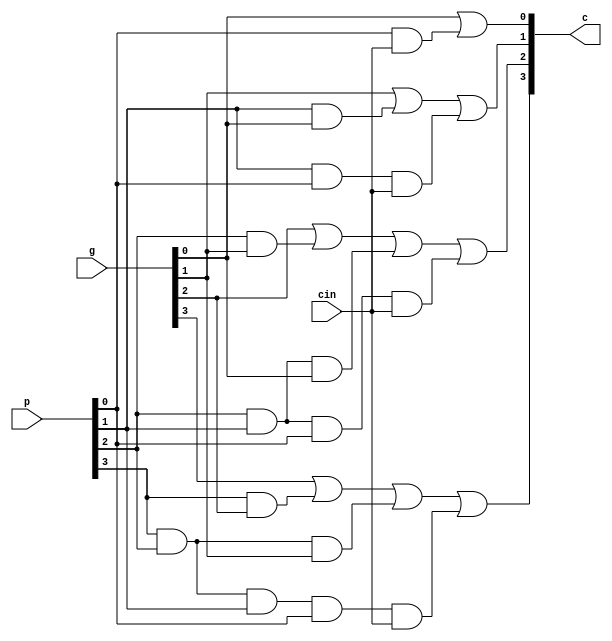
//Assignment 7
//Group 49
//Ravi Bansal 13CS30026
//Sayan Mukhopadhyay 13CS30028
`timescale 1ns / 1ps

////////////////////////////////////////////////////////////////////////////////
// Company: 
// Engineer:
//
// Design Name:   CLUunit
// Module Name:   E:/FPGA/ass_7_Group_49/CLUnit_testbench.v
// Project Name:  ass_7_Group_49
// Target Device:  
// Tool versions:  
// Description: 
//
// Verilog Test Fixture created by ISE for module: CLUunit
//
// Dependencies:
// 
// Revision:
// Revision 0.01 - File Created
// Additional Comments:
// 
////////////////////////////////////////////////////////////////////////////////
//Carry look ahead unit taking p,g and cin as input and calculating the four carry outputs
module CLUunit(p,g,cin,c);
input [3:0] p,g;
input cin;
output [3:0] c;
//assign the 4 carries to c0,c1,c2,c3
assign c[0]=(g[0]|(p[0]&cin));
assign c[1]=(g[1]|(p[1]&g[0])|(p[1]&p[0]&cin));
assign c[2]=(g[2]|(p[2]&g[1])|(p[2]&p[1]&g[0])|(p[2]&p[1]&p[0]&cin));
assign c[3] = (g[3]|(p[3]&g[2])|(p[3]&p[2]&g[1])|(p[3]&p[2]&p[1]&p[0]&cin));
endmodule
//testbench forCLU
module CLUunit_testbench;

	// Inputs
	reg [3:0] p;
	reg [3:0] g;
	reg cin;

	// Outputs
	wire [3:0] c;

	// Instantiate the Unit Under Test (UUT)
	CLUunit uut (
		.p(p), 
		.g(g), 
		.cin(cin), 
		.c(c)
	);

	initial begin
		// Initialize Inputs
		p = 4'b1001;
		g = 4'b0101;
		cin = 0;

		// Wait 100 ns for global reset to finish
		#100;
        
		// Add stimulus here

	end
	CLUunit c1(p,g,cin,c);
	always @ *
	begin
	$monitor("\tp=%b\tg=%b\tcin=%b\tc=%b\t",p,g,cin,c);
	#20
	begin
		p=4'b1000;
		g=4'b0100;
		cin=0;
	end
	#20
	begin
		p=4'b1000;
		g=4'b0100;
		cin=1;
	end
	#20
	begin
		p=4'b1000;
		g=4'b0101;
		cin=0;
	end
	#20
	begin
		p=4'b1111;
		g=4'b0100;
		cin=1;
	end
	end
endmodule